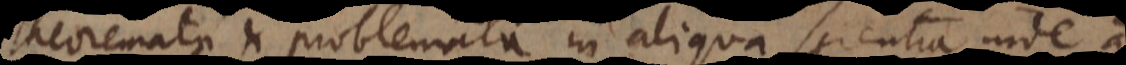
heoremata et problemata in aliqua scientia inde a